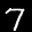
Label: 7